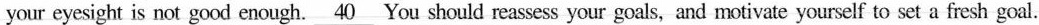
your eyesight is not good enough. \underline{40} You should reassess your goals, and motivate yourself to set a fresh goal.